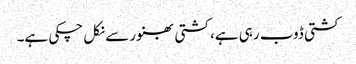
کشتی ڈوب رہی ہے، کشتی بھنور سے نکل چکی ہے۔